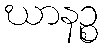
ဃာနဉ္စ